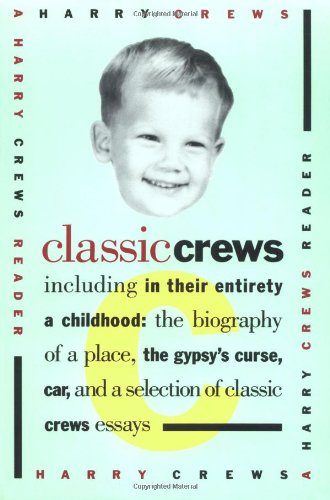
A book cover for Classic Crews: A Harry Crews Reader; Harry Crews; Literature & Fiction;